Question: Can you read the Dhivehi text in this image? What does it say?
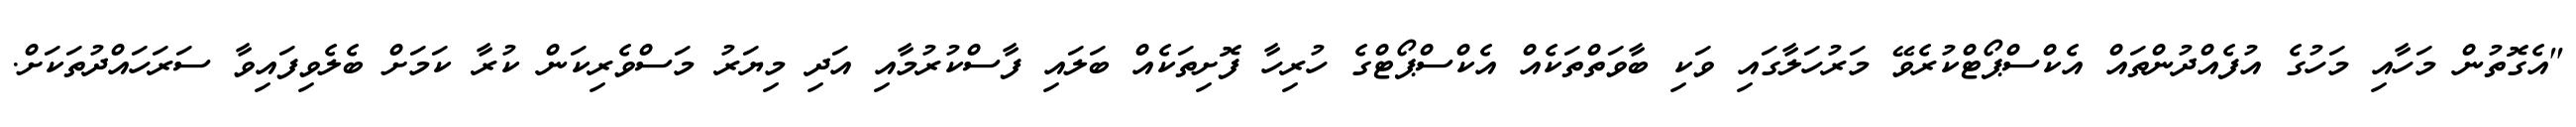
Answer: "އެގޮތުން މަހާއި މަހުގެ އުފެއްދުންތައް އެކްސްޕޯޓްކުރެވޭ މަރުހަލާގައި ވަކި ބާވަތްތަކެއް އެކްސްޕޯޓްގެ ހުރިހާ ފޮށިތަކެއް ބަލައި ފާސްކުރުމާއި އަދި މިޔަރު މަސްވެރިކަން ކުރާ ކަމަށް ބެލެވިފައިވާ ސަރަހައްދުތަކަށް.